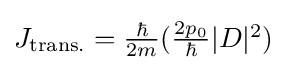
{\textstyle J_{\text{trans.}}={\frac {\hbar }{2m}}({\frac {2p_{0}}{\hbar }}|D|^{2})}